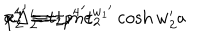
LaTeX: { p ^ { 4 } } ^ { \prime } \equiv \pm m e ^ { { w _ { 1 } } ^ { \prime } } \cosh w _ { 2 } ^ { \prime } a \hspace { 1 c m } a \Delta _ { 2 } ^ { \prime } = { p ^ { 4 } } ^ { \prime } t _ { 2 } \hspace { 1 c m } x _ { 2 } ^ { 4 } = t _ { 2 } ,